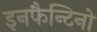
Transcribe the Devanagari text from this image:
इनफैन्टिनो